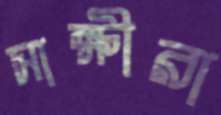
সাক্ষীরা